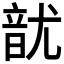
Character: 𮸲